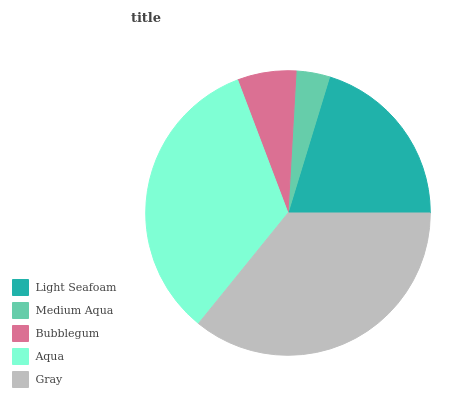
| Light Seafoam | Medium Aqua | Bubblegum | Aqua | Gray |
 | --- | --- | --- | --- | --- |
 | 20.2% | 3.81% | 6.67% | 33.5% | 35.8% |